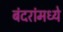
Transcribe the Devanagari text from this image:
बंदरांमध्ये